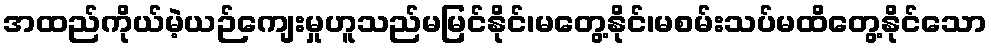
အထည်ကိုယ်မဲ့ယဉ်ကျေးမှုဟူသည်မမြင်နိုင်၊မတွေ့နိုင်၊မစမ်းသပ်မထိတွေ့နိုင်သော